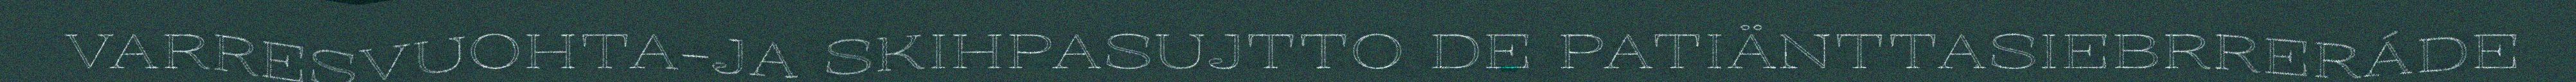
VARRESVUOHTA-JA SKIHPASUJTTO DE PATIÄNTTASIEBRRERÁDE